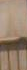
-